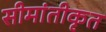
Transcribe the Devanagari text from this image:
सीमांतीकृत